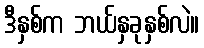
ဒီနှစ်က ဘယ်နှခုနှစ်လဲ။